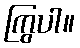
ကြွပါ။